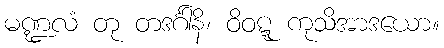
မဏ္ဍလံ တု တဒင်္ဂါနိ၊ ဝိဝဋ္ဋ ကုသိအာဒယော။